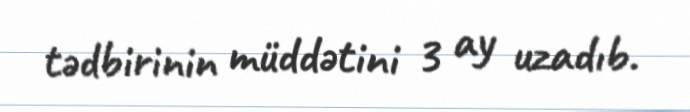
tədbirinin müddətini 3 ay uzadıb.